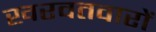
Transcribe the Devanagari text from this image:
खरवतवारों